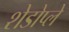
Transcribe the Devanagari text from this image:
शेडोप्ले